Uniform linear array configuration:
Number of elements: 16
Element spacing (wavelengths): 0.5
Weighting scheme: kaiser
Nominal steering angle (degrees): -15
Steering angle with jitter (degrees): -15.251
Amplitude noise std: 0.05
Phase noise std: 0.05

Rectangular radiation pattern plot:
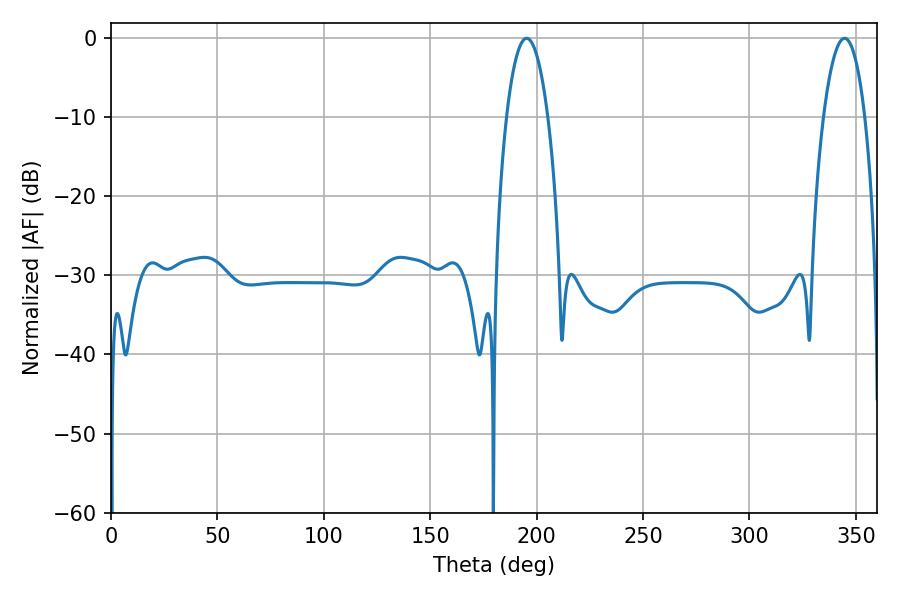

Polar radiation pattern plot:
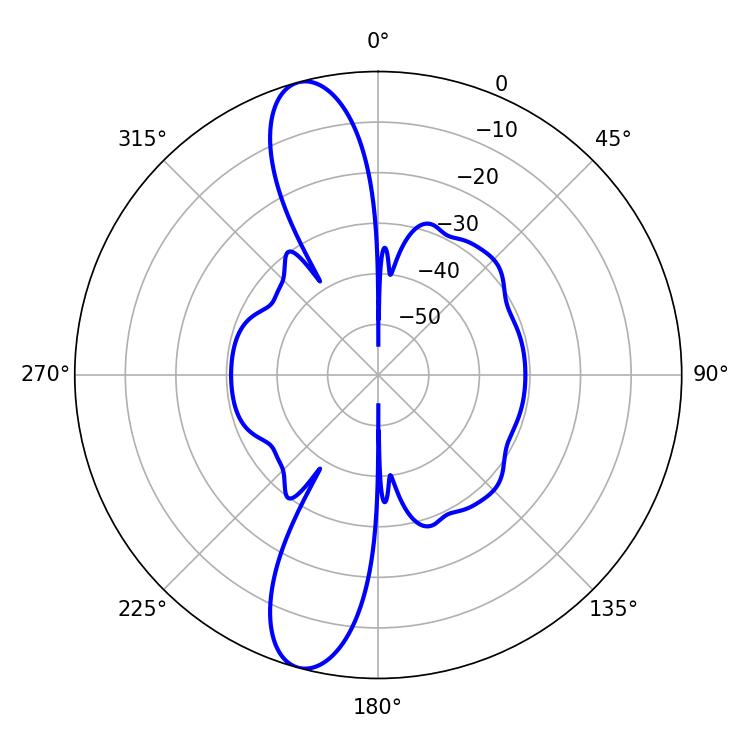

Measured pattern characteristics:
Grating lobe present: FALSE
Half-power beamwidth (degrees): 10.98
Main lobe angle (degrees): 195.3